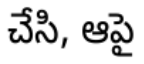
చేసి, ఆపై